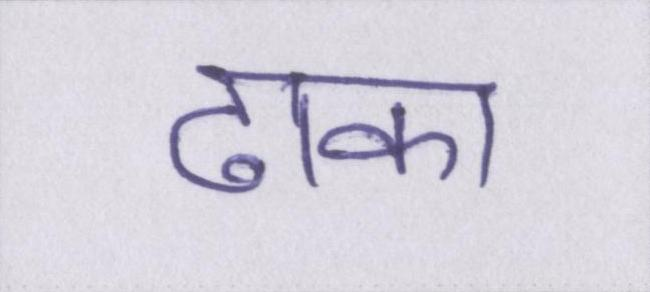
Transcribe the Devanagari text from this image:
ढाका